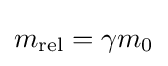
m_{\text{rel}}=\gamma m_{0}